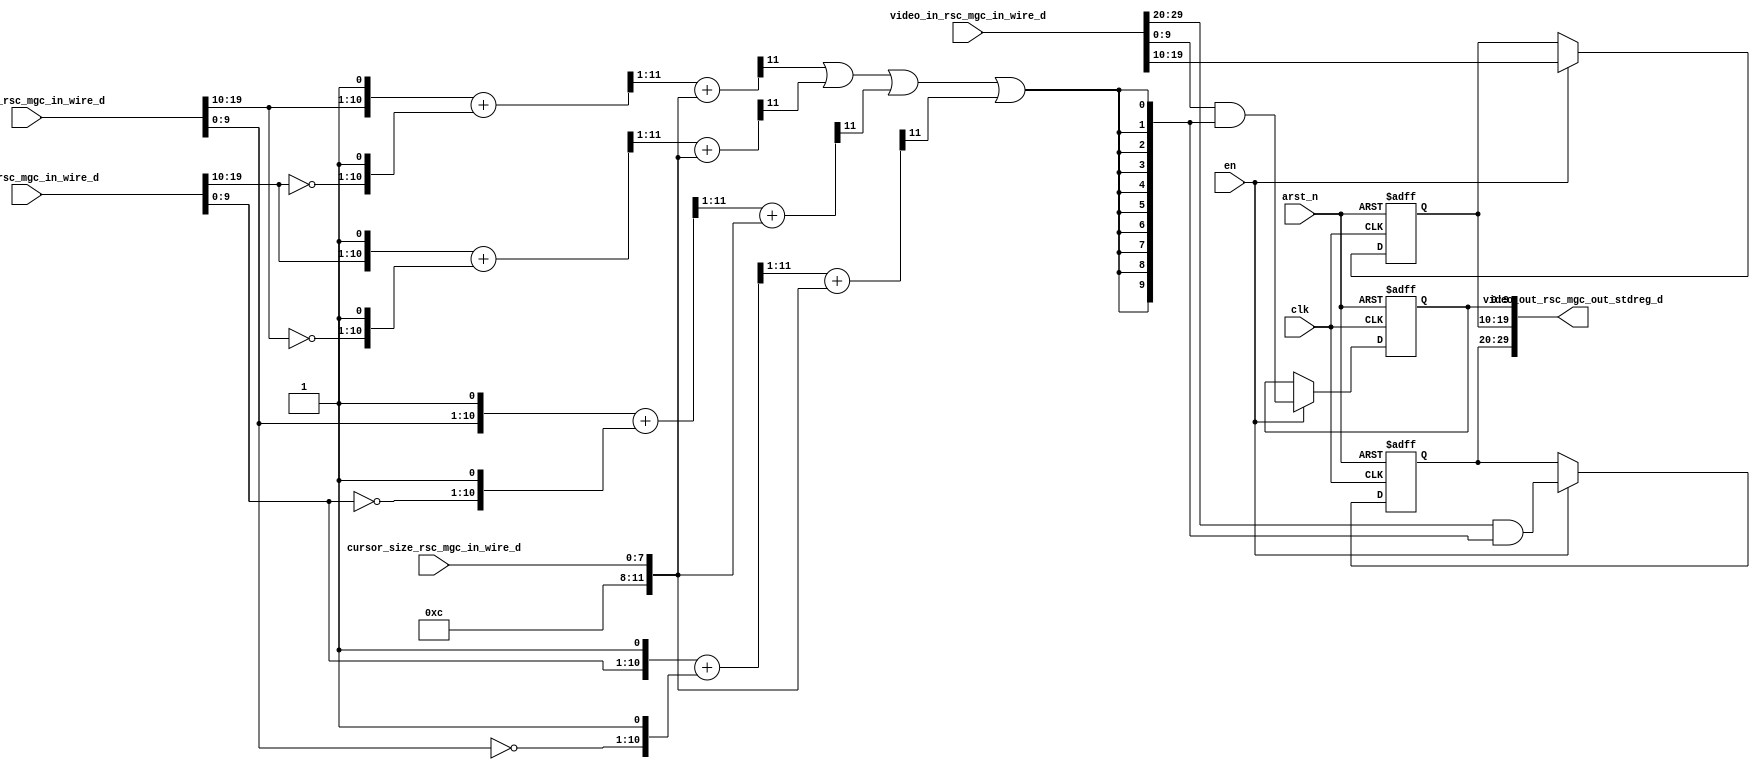
module vga_mouse_square_core (
  clk, en, arst_n, vga_xy_rsc_mgc_in_wire_d, mouse_xy_rsc_mgc_in_wire_d, cursor_size_rsc_mgc_in_wire_d,
      video_in_rsc_mgc_in_wire_d, video_out_rsc_mgc_out_stdreg_d
);
  input clk;
  input en;
  input arst_n;
  input [19:0] vga_xy_rsc_mgc_in_wire_d;
  input [19:0] mouse_xy_rsc_mgc_in_wire_d;
  input [7:0] cursor_size_rsc_mgc_in_wire_d;
  input [29:0] video_in_rsc_mgc_in_wire_d;
  output [29:0] video_out_rsc_mgc_out_stdreg_d;


  // Interconnect Declarations
  reg [9:0] reg_video_out_rsc_mgc_out_stdreg_d_tmp;
  reg [9:0] reg_video_out_rsc_mgc_out_stdreg_d_tmp_1;
  reg [9:0] reg_video_out_rsc_mgc_out_stdreg_d_tmp_2;
  wire or_itm;


  // Interconnect Declarations for Component Instantiations 
  assign video_out_rsc_mgc_out_stdreg_d = {reg_video_out_rsc_mgc_out_stdreg_d_tmp
      , reg_video_out_rsc_mgc_out_stdreg_d_tmp_1 , reg_video_out_rsc_mgc_out_stdreg_d_tmp_2};
  assign or_itm = (readslicef_12_1_11((conv_u2u_11_12(readslicef_12_11_1((conv_u2u_11_12({(mouse_xy_rsc_mgc_in_wire_d[19:10])
      , 1'b1}) + conv_u2u_11_12({(~ (vga_xy_rsc_mgc_in_wire_d[19:10])) , 1'b1}))))
      + conv_s2u_11_12({3'b100 , cursor_size_rsc_mgc_in_wire_d})))) | (readslicef_12_1_11((conv_u2u_11_12(readslicef_12_11_1((conv_u2u_11_12({(vga_xy_rsc_mgc_in_wire_d[19:10])
      , 1'b1}) + conv_u2u_11_12({(~ (mouse_xy_rsc_mgc_in_wire_d[19:10])) , 1'b1}))))
      + conv_s2u_11_12({3'b100 , cursor_size_rsc_mgc_in_wire_d})))) | (readslicef_12_1_11((conv_u2u_11_12(readslicef_12_11_1((conv_u2u_11_12({(mouse_xy_rsc_mgc_in_wire_d[9:0])
      , 1'b1}) + conv_u2u_11_12({(~ (vga_xy_rsc_mgc_in_wire_d[9:0])) , 1'b1}))))
      + conv_s2u_11_12({3'b100 , cursor_size_rsc_mgc_in_wire_d})))) | (readslicef_12_1_11((conv_u2u_11_12(readslicef_12_11_1((conv_u2u_11_12({(vga_xy_rsc_mgc_in_wire_d[9:0])
      , 1'b1}) + conv_u2u_11_12({(~ (mouse_xy_rsc_mgc_in_wire_d[9:0])) , 1'b1}))))
      + conv_s2u_11_12({3'b100 , cursor_size_rsc_mgc_in_wire_d}))));
  always @(posedge clk or negedge arst_n) begin
    if ( ~ arst_n ) begin
      reg_video_out_rsc_mgc_out_stdreg_d_tmp <= 10'b0;
      reg_video_out_rsc_mgc_out_stdreg_d_tmp_1 <= 10'b0;
      reg_video_out_rsc_mgc_out_stdreg_d_tmp_2 <= 10'b0;
    end
    else begin
      if ( en ) begin
        reg_video_out_rsc_mgc_out_stdreg_d_tmp <= (video_in_rsc_mgc_in_wire_d[29:20])
            & ({{9{or_itm}}, or_itm});
        reg_video_out_rsc_mgc_out_stdreg_d_tmp_1 <= video_in_rsc_mgc_in_wire_d[19:10];
        reg_video_out_rsc_mgc_out_stdreg_d_tmp_2 <= (video_in_rsc_mgc_in_wire_d[9:0])
            & ({{9{or_itm}}, or_itm});
      end
    end
  end

  function [0:0] readslicef_12_1_11;
    input [11:0] vector;
    reg [11:0] tmp;
  begin
    tmp = vector >> 11;
    readslicef_12_1_11 = tmp[0:0];
  end
  endfunction


  function [10:0] readslicef_12_11_1;
    input [11:0] vector;
    reg [11:0] tmp;
  begin
    tmp = vector >> 1;
    readslicef_12_11_1 = tmp[10:0];
  end
  endfunction


  function  [11:0] conv_u2u_11_12 ;
    input [10:0]  vector ;
  begin
    conv_u2u_11_12 = {1'b0, vector};
  end
  endfunction


  function  [11:0] conv_s2u_11_12 ;
    input signed [10:0]  vector ;
  begin
    conv_s2u_11_12 = {vector[10], vector};
  end
  endfunction

endmodule
module vga_mouse_square (
  vga_xy_rsc_z, mouse_xy_rsc_z, cursor_size_rsc_z, video_in_rsc_z, video_out_rsc_z,
      clk, en, arst_n
);
  input [19:0] vga_xy_rsc_z;
  input [19:0] mouse_xy_rsc_z;
  input [7:0] cursor_size_rsc_z;
  input [29:0] video_in_rsc_z;
  output [29:0] video_out_rsc_z;
  input clk;
  input en;
  input arst_n;


  // Interconnect Declarations
  wire [19:0] vga_xy_rsc_mgc_in_wire_d;
  wire [19:0] mouse_xy_rsc_mgc_in_wire_d;
  wire [7:0] cursor_size_rsc_mgc_in_wire_d;
  wire [29:0] video_in_rsc_mgc_in_wire_d;
  wire [29:0] video_out_rsc_mgc_out_stdreg_d;


  // Interconnect Declarations for Component Instantiations 
  mgc_in_wire #(.rscid(1),
  .width(20)) vga_xy_rsc_mgc_in_wire (
      .d(vga_xy_rsc_mgc_in_wire_d),
      .z(vga_xy_rsc_z)
    );
  mgc_in_wire #(.rscid(2),
  .width(20)) mouse_xy_rsc_mgc_in_wire (
      .d(mouse_xy_rsc_mgc_in_wire_d),
      .z(mouse_xy_rsc_z)
    );
  mgc_in_wire #(.rscid(3),
  .width(8)) cursor_size_rsc_mgc_in_wire (
      .d(cursor_size_rsc_mgc_in_wire_d),
      .z(cursor_size_rsc_z)
    );
  mgc_in_wire #(.rscid(4),
  .width(30)) video_in_rsc_mgc_in_wire (
      .d(video_in_rsc_mgc_in_wire_d),
      .z(video_in_rsc_z)
    );
  mgc_out_stdreg #(.rscid(5),
  .width(30)) video_out_rsc_mgc_out_stdreg (
      .d(video_out_rsc_mgc_out_stdreg_d),
      .z(video_out_rsc_z)
    );
  vga_mouse_square_core vga_mouse_square_core_inst (
      .clk(clk),
      .en(en),
      .arst_n(arst_n),
      .vga_xy_rsc_mgc_in_wire_d(vga_xy_rsc_mgc_in_wire_d),
      .mouse_xy_rsc_mgc_in_wire_d(mouse_xy_rsc_mgc_in_wire_d),
      .cursor_size_rsc_mgc_in_wire_d(cursor_size_rsc_mgc_in_wire_d),
      .video_in_rsc_mgc_in_wire_d(video_in_rsc_mgc_in_wire_d),
      .video_out_rsc_mgc_out_stdreg_d(video_out_rsc_mgc_out_stdreg_d)
    );
endmodule